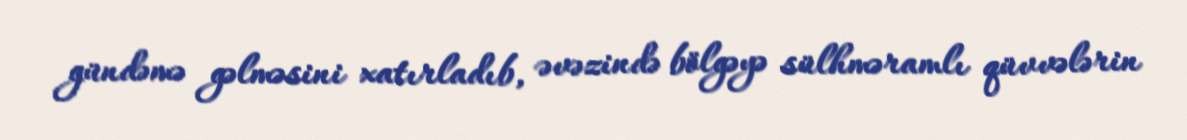
gündəmə gəlməsini xatırladıb, əvəzində bölgəyə sülhməramlı qüvvələrin